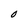
Character: O